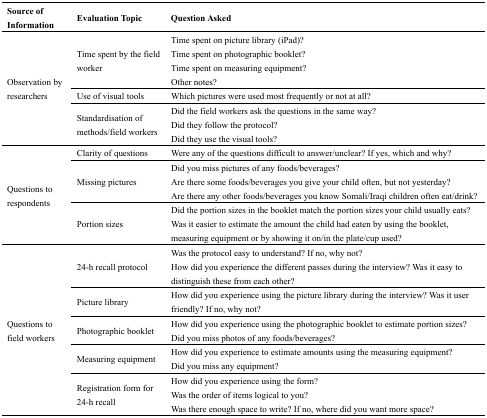
<table><thead><tr><td><b>Source of Information</b></td><td><b>Evaluation Topic</b></td><td><b>Question Asked</b></td></tr></thead><tbody><tr><td rowspan="3">Observation by researchers</td><td>Time spent by the field worker</td><td>Time spent on picture library (iPad)?Time spent on photographic booklet?Time spent on measuring equipment?Other notes?</td></tr><tr><td>Use of visual tools</td><td>Which pictures were used most frequently or not at all?</td></tr><tr><td>Standardisation of methods/field workers</td><td>Did the field workers ask the questions in the same way?Did they follow the protocol?Did they use the visual tools?</td></tr><tr><td rowspan="3">Questions to respondents</td><td>Clarity of questions</td><td>Were any of the questions difficult to answer/unclear? If yes, which and why?</td></tr><tr><td>Missing pictures</td><td>Did you miss pictures of any foods/beverages?Are there some foods/beverages you give your child often, but not yesterday?Are there any other foods/beverages you know Somali/Iraqi children often eat/drink?</td></tr><tr><td>Portion sizes</td><td>Did the portion sizes in the booklet match the portion sizes your child usually eats?Was it easier to estimate the amount the child had eaten by using the booklet, measuring equipment or by showing it on/in the plate/cup used?</td></tr><tr><td rowspan="5">Questions to field workers</td><td>24-h recall protocol</td><td>Was the protocol easy to understand? If no, why not?How did you experience the different passes during the interview? Was it easy to distinguish these from each other?</td></tr><tr><td>Picture library</td><td>How did you experience using the picture library during the interview? Was it user friendly? If no, why not?</td></tr><tr><td>Photographic booklet</td><td>How did you experience using the photographic booklet to estimate portion sizes?Did you miss photos of any foods/beverages?</td></tr><tr><td>Measuring equipment</td><td>How did you experience to estimate amounts using the measuring equipment?Did you miss any equipment?</td></tr><tr><td>Registration form for 24-h recall</td><td>How did you experience using the form?Was the order of items logical to you?Was there enough space to write? If no, where did you want more space?</td></tr></tbody></table>